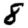
Digit: 8